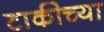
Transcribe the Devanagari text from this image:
टाकीच्या